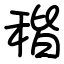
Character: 稭